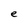
Character: e